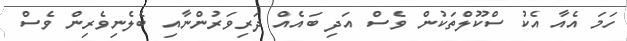
ހަމަ އެއާ އެކު ސްކޫލްތަކުން ވެސް އަދި ބައެއް ދަރިވަރުންނާއި ބެލެނިވެރިން ވެސް